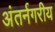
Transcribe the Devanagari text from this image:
अंतर्नगरीय